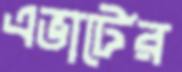
এভার্টের